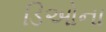
ડિઓના